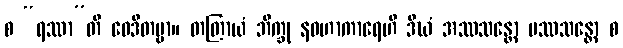
စ “ရဿာ”တိ ဝေဒိတဗ္ဗာ။ တတြာယံ ဘိက္ခု နဝဟာကာရေဟိ ဒီဃံ အဿသန္တော ပဿသန္တော စ